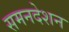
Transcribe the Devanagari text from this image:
समनदेशन